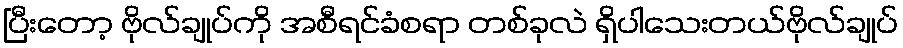
ပြီးတော့ ဗိုလ်ချုပ်ကို အစီရင်ခံစရာ တစ်ခုလဲ ရှိပါသေးတယ်ဗိုလ်ချုပ်